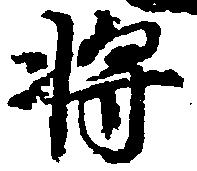
将